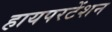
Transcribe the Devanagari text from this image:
हायपरटेंशन